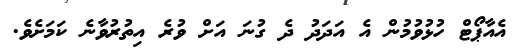
އެއާޕޯޓް ހުޅުވުމުން އެ އަދަދު ދެ ގުނަ އަށް ވުރެ އިތުރުވާނެ ކަމަށެވެ.